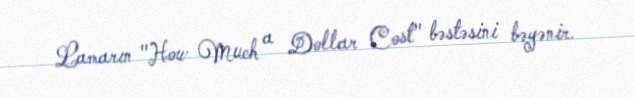
Lamarın "How Much a Dollar Cost" bəstəsini bəyənir.